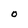
Character: 0